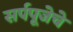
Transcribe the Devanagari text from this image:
सर्पपूजेचे